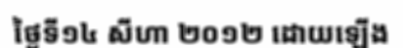
ថ្ងៃទី១៤ សីហា ២០១២ ដោយឡើង